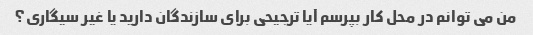
من می توانم در محل کار بپرسم آیا ترجیحی برای سازندگان دارید یا غیر سیگاری؟